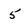
Character: 5